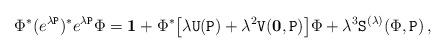
LaTeX: \begin{align*}\Phi^*(e^{\lambda\mathtt{P}})^*e^{\lambda\mathtt{P}}\Phi&=\mathbf{1}+\Phi^*\big[\lambda \mathtt{U}(\mathtt{P})+\lambda^2\mathtt{V}(\mathbf{0},\mathtt{P})\big]\Phi+\lambda^3\mathtt{S}^{(\lambda)}(\Phi,\mathtt{P})\,,\end{align*}